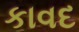
કાવદ